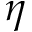
\eta